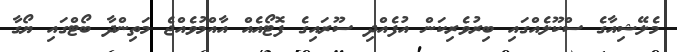
މެލޭޝިއާގެ ސްކޫލެއްގައި ބިރުވެރިކަން އުފެއްދި ސޫރައިގެ ފޮޓޯއެއް އާއްމުވެއްޖެ މަތިންދާ ބޯޓްގައި ޔޯގާ